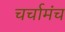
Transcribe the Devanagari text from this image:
चर्चामंच